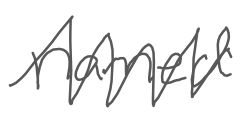
Text: named
Cross-out: zig-zag
Writing tool: digital_gray